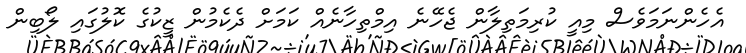
އެހެންނަމަވެސް މިއީ ކުރިމަތިލާން ޖެހޭނެ އިމްތިހާނެއް ކަމަށް ދެކެމުން ޒީކުގެ ކޮލުގައި ލޯބިން